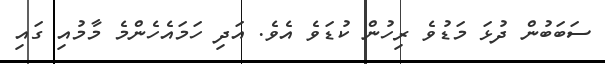
ސަބަބުން ދުޅަ މަޑުވެ ރިހުން ކުޑަވެ އެވެ. އަދި ހަމައެހެންމެ މާމުއި ގައި